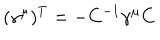
LaTeX: ( \gamma ^ { \mu } ) ^ { T } = - C ^ { - 1 } \gamma ^ { \mu } C